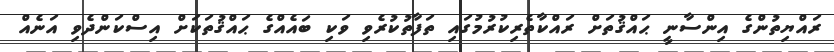
ރައްޔިތުންގެ އިންސާނީ ޙައްޤުތަށް ރައްކާތެރިކުރުމުގައި ތަފާތުކުރެވި ވަކި ބައެއްގެ ޙައްޤުތަކަށް އިސްކަންދެވި އަނެއް